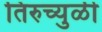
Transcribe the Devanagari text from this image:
तिरुच्युळी